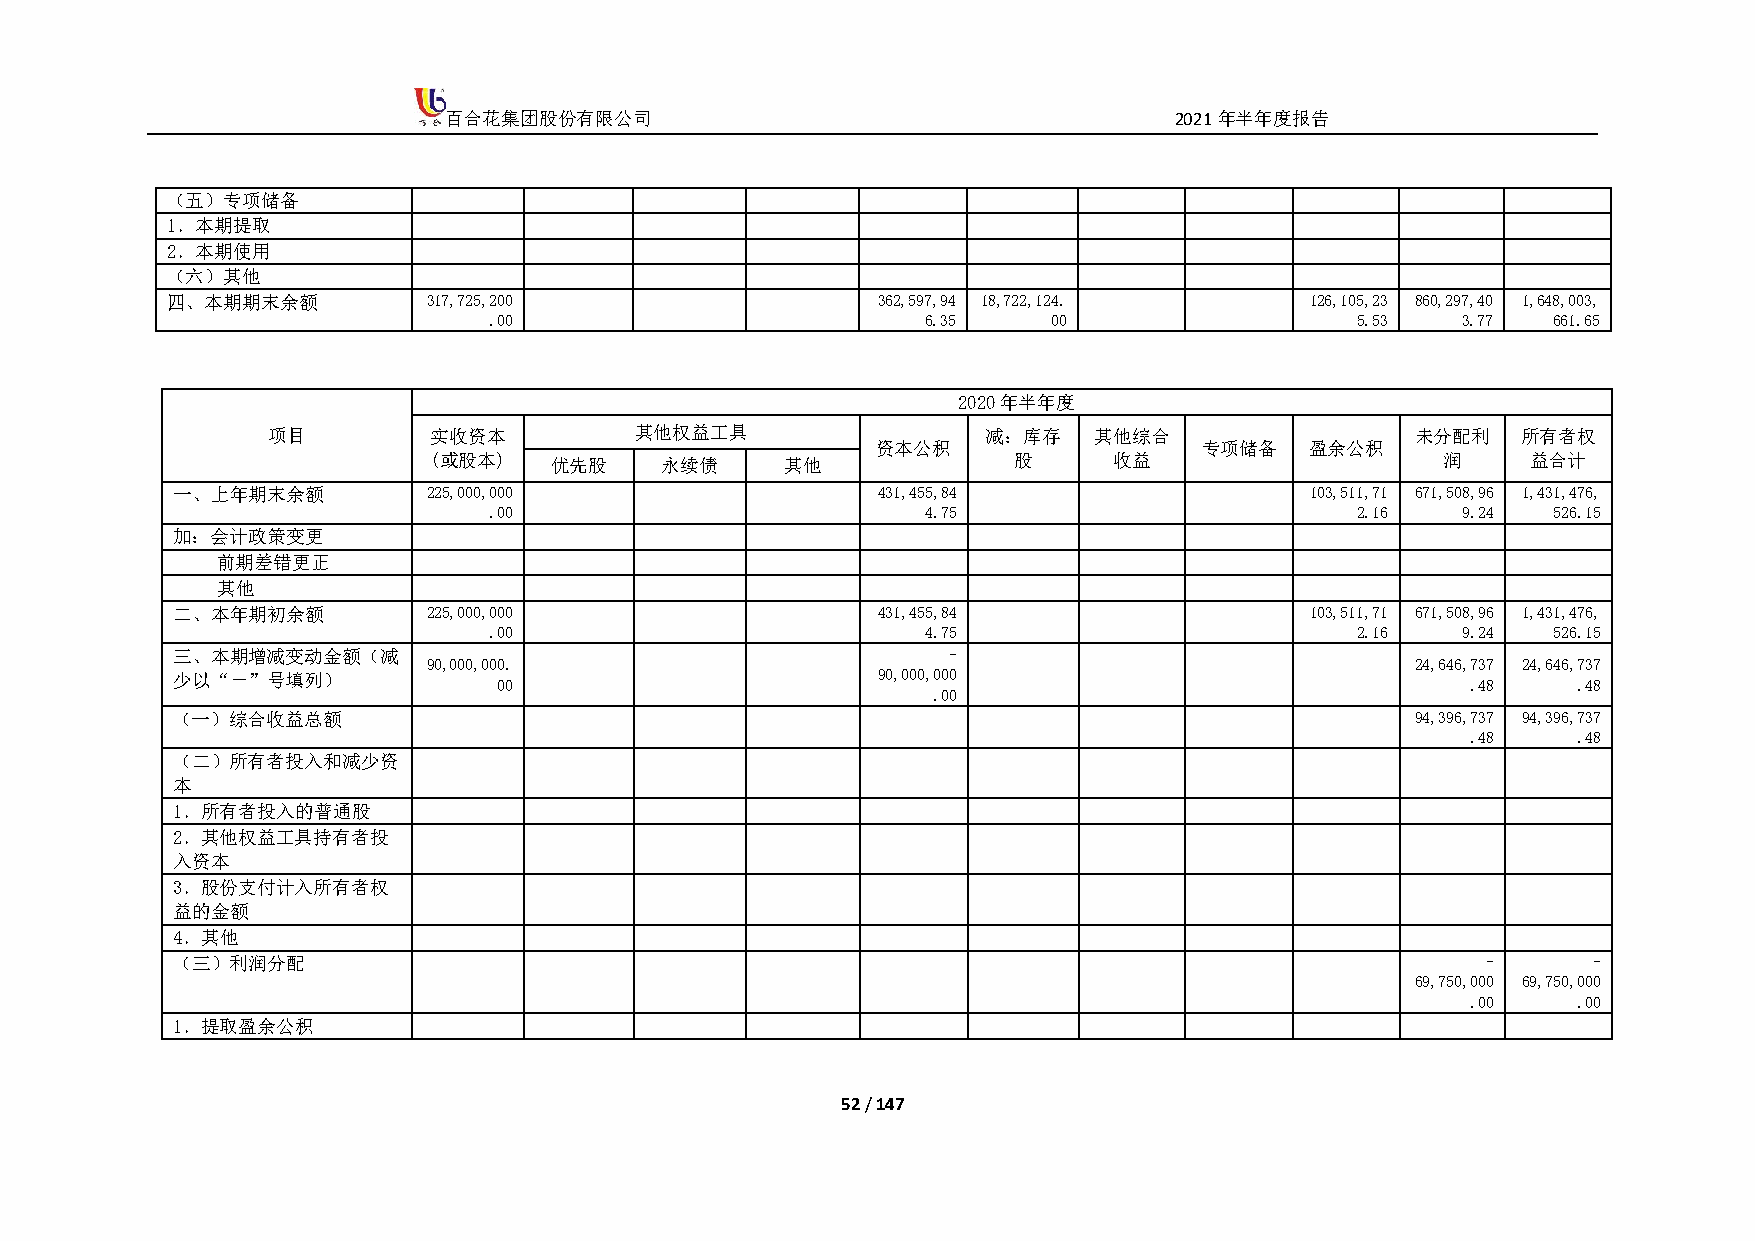
百合花集团股份有限公司                                      2021年半年度报告
 （五）专项储备
 1．本期提取
 2．本期使用
 （六）其他
 四、本期期末余额         317,725,200                   362,597,94 18,722,124.       126,105,23 860,297,40 1,648,003,
 .00                          6.35     00                  5.53   3.77  661.65
 2020年半年度
 项目        实收资本          其他权益工具                 减：库存   其他综合                  未分配利   所有者权
 资本公积                  专项储备   盈余公积
 (或股本)   优先股     永续债     其他             股      收益                   润     益合计
 一、上年期末余额         225,000,000                   431,455,84                   103,511,71 671,508,96 1,431,476,
 .00                          4.75                         2.16   9.24  526.15
 加：会计政策变更
 前期差错更正
 其他
 二、本年期初余额         225,000,000                   431,455,84                   103,511,71 671,508,96 1,431,476,
 .00                          4.75                         2.16   9.24  526.15
 三、本期增减变动金额（减                                        -
 90,000,000.                                                       24,646,737 24,646,737
 少以“－”号填列）             00                       90,000,000                             .48    .48
 .00
 （一）综合收益总额                                                                          94,396,737 94,396,737
 .48    .48
 （二）所有者投入和减少资
 本
 1．所有者投入的普通股
 2．其他权益工具持有者投
 入资本
 3．股份支付计入所有者权
 益的金额
 4．其他
 （三）利润分配                                                                                -      -
 69,750,000 69,750,000
 .00    .00
 1．提取盈余公积
 52 / 147